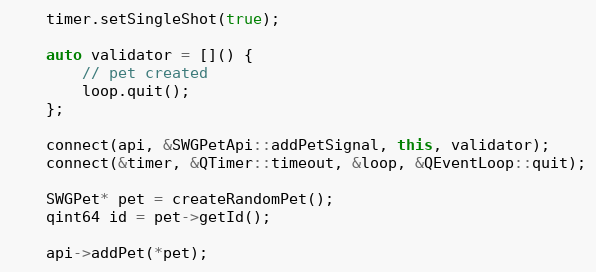
Language: C++
    timer.setSingleShot(true);

    auto validator = []() {
        // pet created
        loop.quit();
    };

    connect(api, &SWGPetApi::addPetSignal, this, validator);
    connect(&timer, &QTimer::timeout, &loop, &QEventLoop::quit);

    SWGPet* pet = createRandomPet();
    qint64 id = pet->getId();

    api->addPet(*pet);